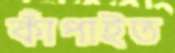
কাঁপাইত